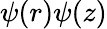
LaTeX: \psi(r)\psi(z)